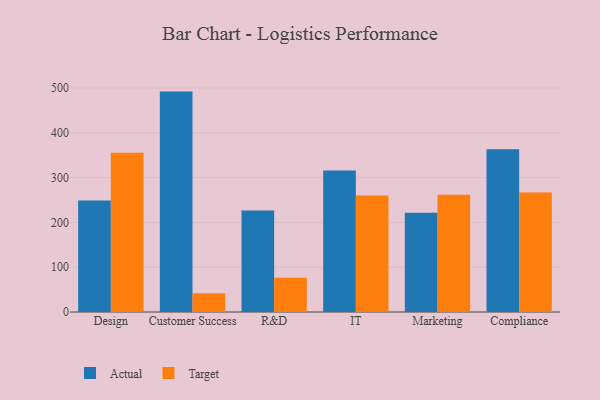
{"axis": {"x": "Department", "y": "Page Views"}, "legend": ["Actual", "Target"], "data": [{"x": "Design", "y": 248.7, "type": "Actual"}, {"x": "Design", "y": 355.5, "type": "Target"}, {"x": "Customer Success", "y": 492.0, "type": "Actual"}, {"x": "Customer Success", "y": 42.1, "type": "Target"}, {"x": "R&D", "y": 226.8, "type": "Actual"}, {"x": "R&D", "y": 76.7, "type": "Target"}, {"x": "IT", "y": 316.1, "type": "Actual"}, {"x": "IT", "y": 260.0, "type": "Target"}, {"x": "Marketing", "y": 221.5, "type": "Actual"}, {"x": "Marketing", "y": 261.9, "type": "Target"}, {"x": "Compliance", "y": 363.4, "type": "Actual"}, {"x": "Compliance", "y": 266.9, "type": "Target"}]}